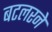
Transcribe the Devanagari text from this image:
बटलरने